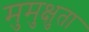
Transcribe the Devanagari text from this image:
मुमुक्षुता